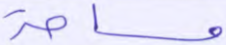
مساحة